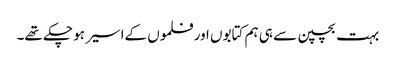
بہت بچپن سے ہی ہم کتابوں اور فلموں کےاسیر ہو چکے تھے۔